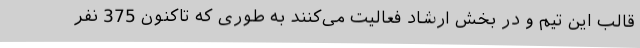
قالب این تیم و در بخش ارشاد فعالیت می‌کنند به طوری که تاکنون 375 نفر